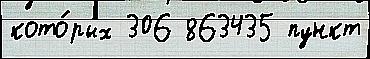
кото́рых 306 863435 пункт